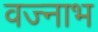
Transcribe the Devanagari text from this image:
वज्नाभ